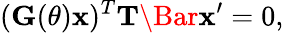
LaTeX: (\mathbf G(\theta)\mathbf{x})^{T}\mathbf T\Bar{\mathbf{x}}^{\prime}=0,